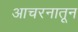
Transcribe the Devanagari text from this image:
आचरनातून